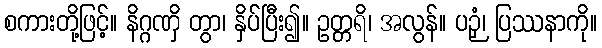
စကားတို့ဖြင့်။ နိဂ္ဂဏှိ တွာ၊ နှိပ်ပြီး၍။ ဥတ္တရိ၊ အလွန်။ ပဉှံ၊ ပြဿနာကို။